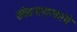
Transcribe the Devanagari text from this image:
संवेदनाहारकांचे